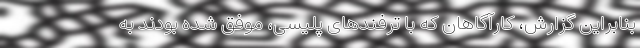
بنابراین گزارش، کارآگاهان که با ترفند‌های پلیسی، موفق شده بودند به